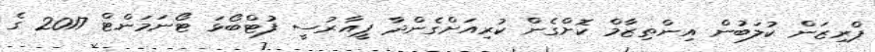
ޕްރިޒަން ކުލަބުން އިންތިޒާމް ކޮށްގެން ކުރިއަށްގެންދާ ޕީއާރުސީ ފުޓްބޯޅަ ޓޯނަމަންޓް 2017 ގެ